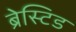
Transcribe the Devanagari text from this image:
ब्रेस्टिड